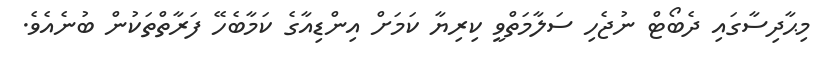
މިޙާދިސާގައި ދެބޯޓް ނުޖެހި ސަލާމަތްވީ ކިރިޔާ ކަމަށް އިންޑިއާގެ ކަމާބެހޭ ފަރާތްތަކުން ބުނެއެވެ.